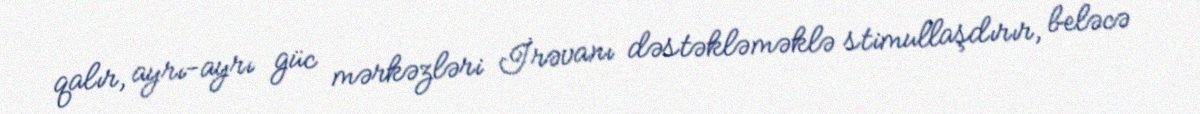
qalır, ayrı-ayrı güc mərkəzləri İrəvanı dəstəkləməklə stimullaşdırır, beləcə